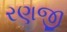
રણજી